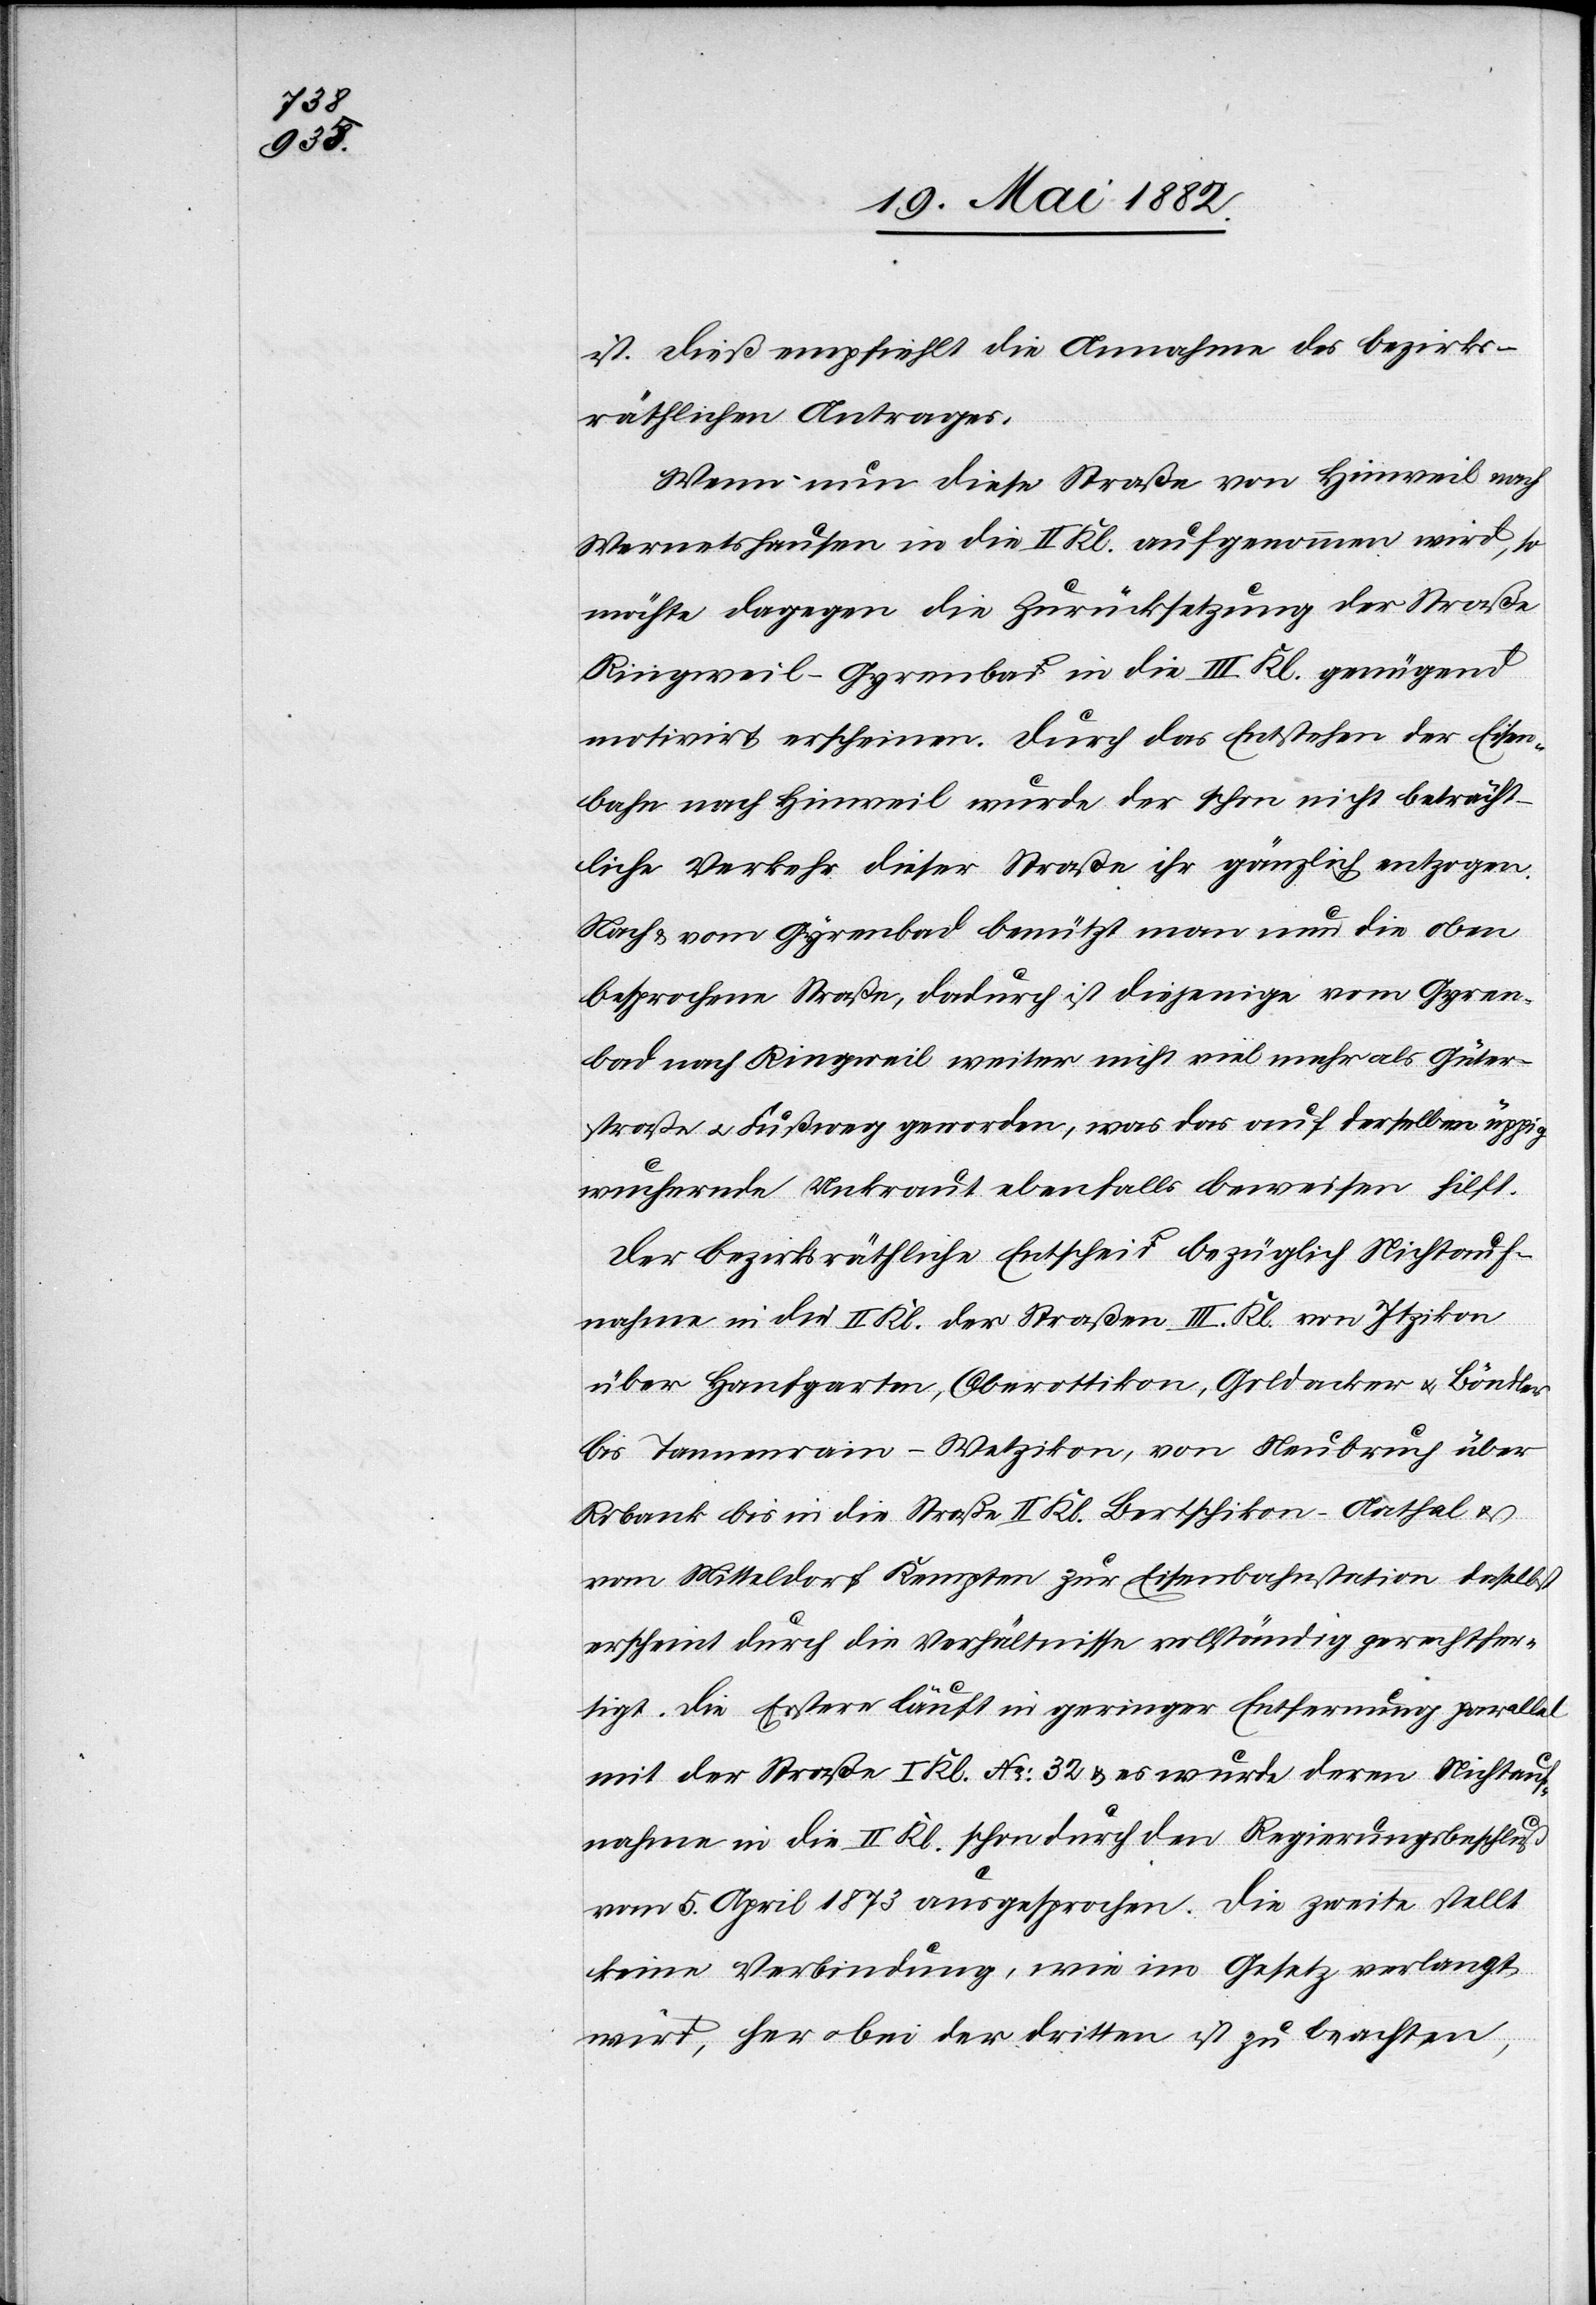
ist. Dieß empfiehlt die Annahme des bezirks¬
räthlichen Antrages.
Wenn nun diese Straße von Hinweil nach
Wernetshausen in die II. Kl. aufgenommen wird, so
möchte dagegen die Zurücksetzung der Straße
Ringweil–Gyrenbad in die III. Kl. genügend
motivirt erscheinen. Durch das Entstehen der Eisen¬
bahn nach Hinweil wurde der schon nicht beträcht¬
liche Verkehr dieser Straße ihr gänzlich entzogen.
Nach & vom Gyrenbad benützt man nun die oben
besprochene Straße, dadurch ist diejenige vom Gyren¬
bad nach Ringweil weiter nicht viel mehr als Güter¬
straße u. Fußweg geworden, was das auf derselben üppig
wuchernde Unkraut ebenfalls beweisen hilft.
Der bezirksräthliche Entscheid bezüglich Nichtauf¬
nahme in die II. Kl. der Straßen III. Kl. von Itzikon
über Hanfgarten, Oberottikon, Goldacker u. Böndler
bis Tannenrain - Wetzikon, von Neubruch über
Robank bis in die Straße II. Kl. Bertschikon–Aathal &
vom Mitteldorf Kempten zur Eisenbahnstation daselbst
erscheint durch die Verhältnisse vollständig gerechtfer¬
tigt. Die Erstere läuft in geringer Entfernung parallel
mit der Straße I. Kl. No 32 & es wurde deren Nichtauf¬
nahme in die II. Kl. schon durch den Regierungsbeschluß
vom 5. April 1873 ausgesprochen. Die zweite stellt
keine Verbindung, wie im Gesetz verlangt
wird, her u. bei der dritten ist zu beachten,